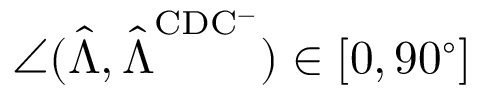
\angle ( \hat { \boldsymbol { \Lambda } } , \hat { \boldsymbol { \Lambda } } ^ { \mathrm { C D C ^ { - } } } ) \in [ 0 , 9 0 ^ { \circ } ]